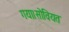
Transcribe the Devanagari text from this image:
गया।सोवियत